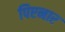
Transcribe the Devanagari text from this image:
पिएनार